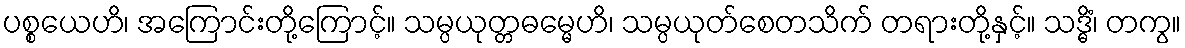
ပစ္စယေဟိ၊ အကြောင်းတို့ကြောင့်။ သမ္ပယုတ္တဓမ္မေဟိ၊ သမ္ပယုတ်စေတသိက် တရားတို့နှင့်။ သဒ္ဓိံ၊ တကွ။